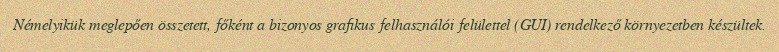
Némelyikük meglepően összetett, főként a bizonyos grafikus felhasználói felülettel (GUI) rendelkező környezetben készültek.